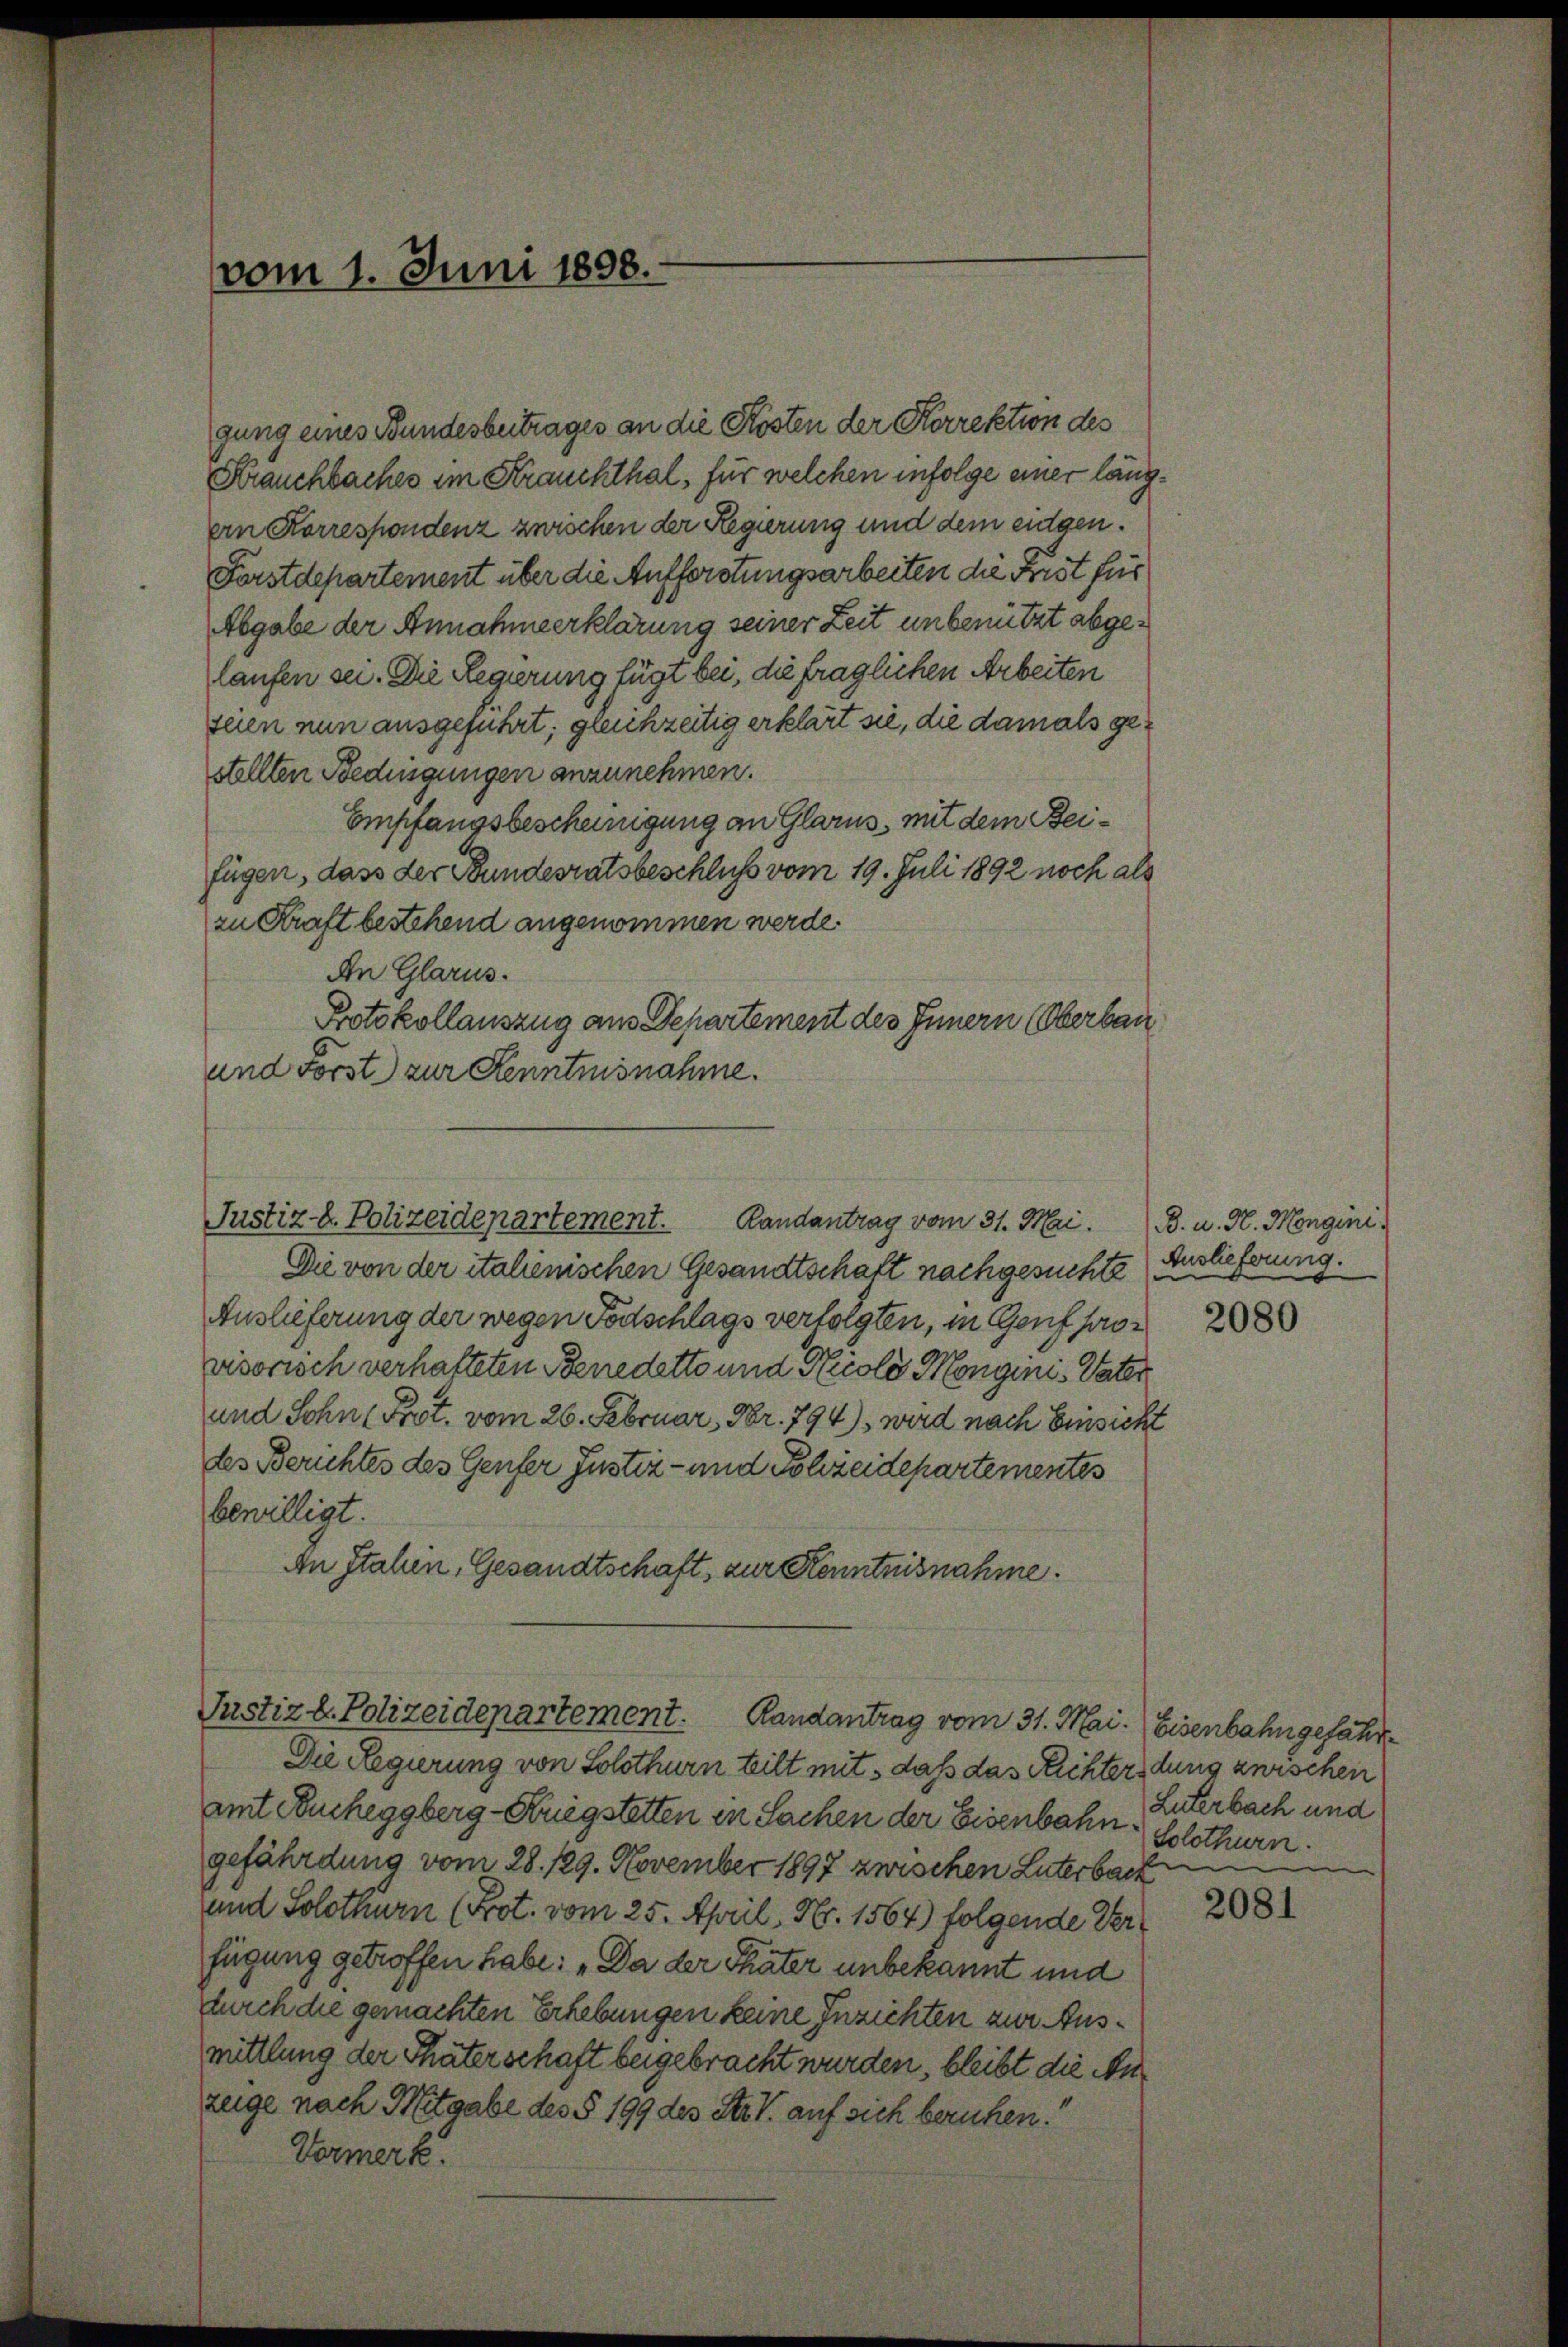
vom 1. Juni 1898.

gung eines Bundesbetrages an die Kosten der Korrektion des
Fbrauchbaches im Krauchthal, für welchen infolge einer längan Korrespondenz zwischen der Regierung und dem eidgen.
Forstdepartement über die Aufforstungsarbeiten die Frist für
Abgabe der Annahmeerklärung seiner Zeit unbenützt abgelaufen sei. Die Regierung fügt bei, die fraglichen Arbeiten
seien nun ausgeführt; gleichzeitig erklärt sie, die damals gestellten Bedingungen anzunehmen.
Empfangsbescheinigung an Glarus, mit dem Beifügen, dass der Bundesratsbeschluß vom 19. Juli 1892 noch als
zu Kraft bestehend angenommen werde.
An Glarus.
Protokollauszug aus Departement des Innern (Oberbau
und Forst zur Kenntnisnahme.
Justiz- & Polizeidepartement.
Randantrag vom 31. Mai.
Die von der italienischen Gesandtschaft nachgesuchte
Auslieferung der wegen Todschlags verfolgten, in Genf provisorisch verhalteten Benedetto und Nicolo Mongini, Vater
und Sohn (Prot. vom 26. Februar, Nr. 794), wird nach Einsicht
des Berichtes des Genfer Justiz- und Polizeidepartementes
bewilligt.
An Stahen, Gesandtschaft zur Kenntnisnahme.

Justizb. Polizeidepartement. Randantrag vom 31. Mai. Eisenbahn gefähr¬

Die Regierung von Solothurn teilt mit, daß das Richterdung zwischen
amt Neucheggberg-Kriegstetten in Sachen der Eisenbahn. Solothurn.
gefährdung vom 28. 129. November 1897 zwischen Luterback
und Solothurn (Prot. vom 25. April, N. 1564) folgende Verfügung getroffen habe: „Da der Thäter unbekannt und
durch die gemachten Erhebungen keine Inzichten zur Ausmittlung der Thäterschaft beigebracht wurden, bleibt die Anzüge nach Mitgabe des § 199 des Str. V. auf sich beruhen.“
Vormerk.

B. u. H. Mengini.
Auslieferung.
2080

Luterbach und

2081